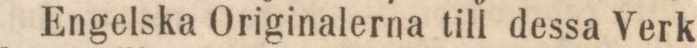
Engelska Originalerna till dessa Verk